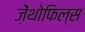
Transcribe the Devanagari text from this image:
ज़ेंथोफिल्स